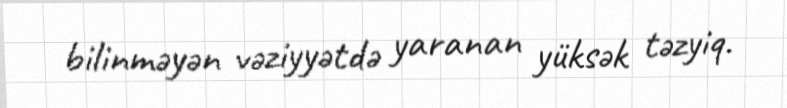
bilinməyən vəziyyətdə yaranan yüksək təzyiq.